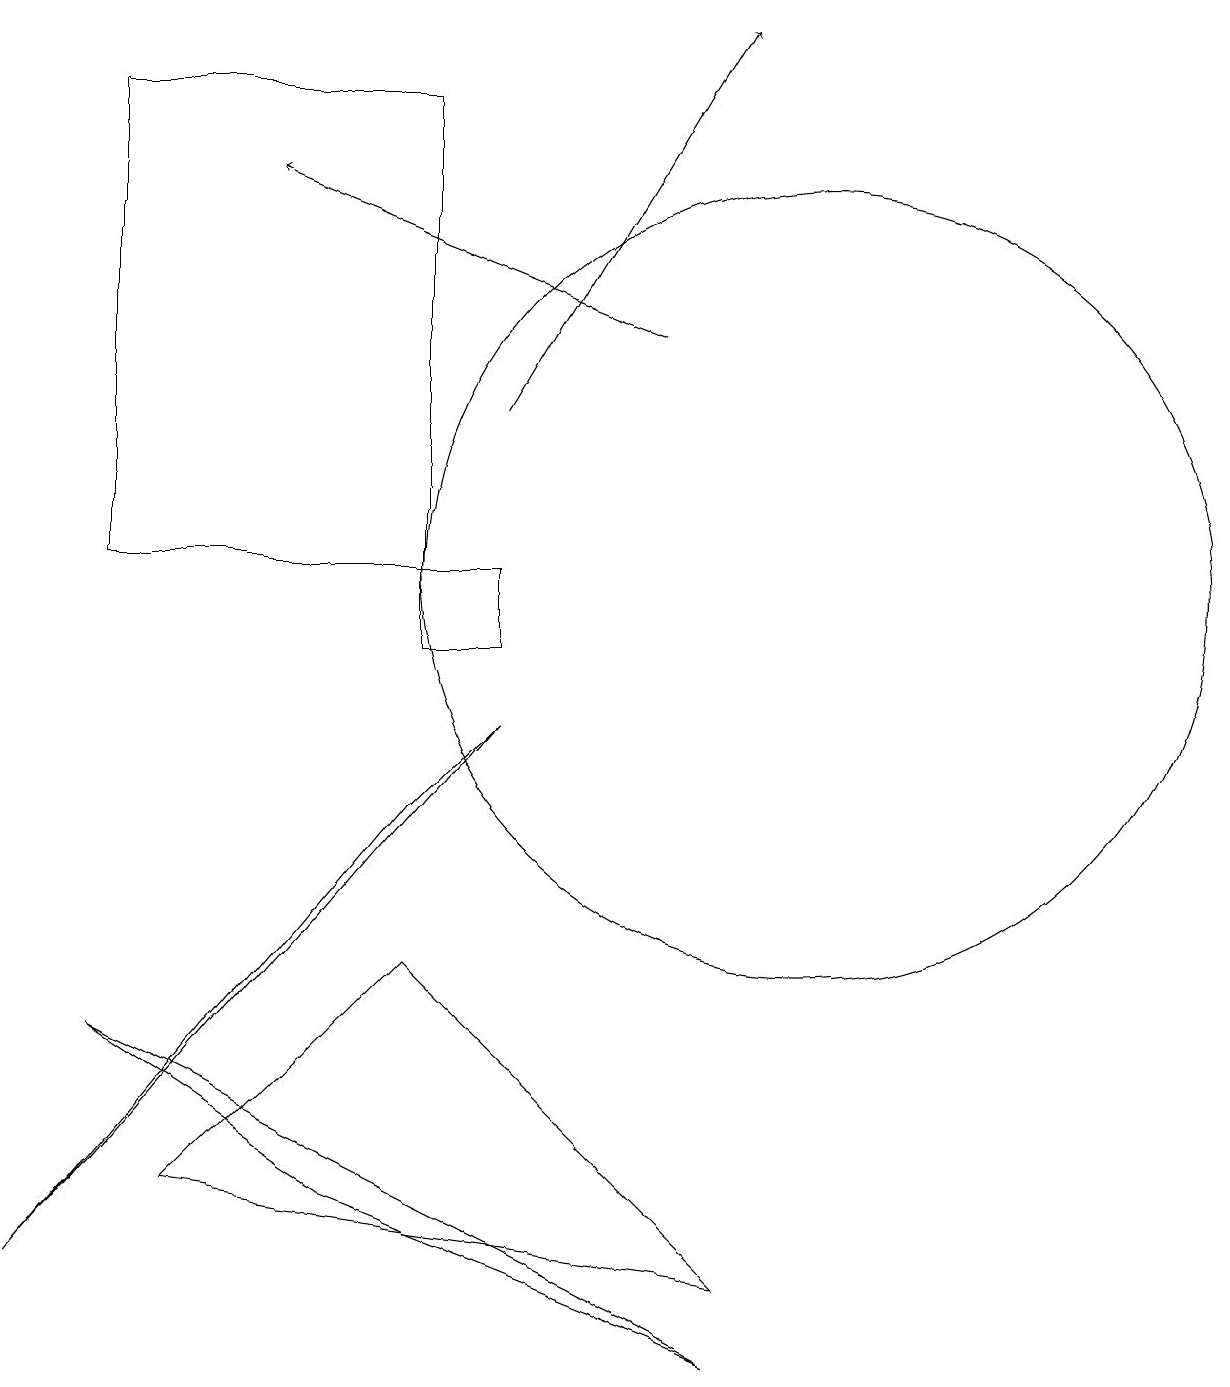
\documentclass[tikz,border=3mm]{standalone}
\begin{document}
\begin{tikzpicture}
\draw[->] (6,13) -- (9,18);
\draw[->] (8,14) -- (3,16);
\draw (4,3) -- (1,5) -- (9,1) -- cycle;
\draw (5,17) rectangle (1,11);
\draw (5,6) -- (2,3) -- (9,2) -- cycle;
\draw (6,11) rectangle (5,10);
\draw (6,9) -- (0,2) -- (5,8) -- cycle;
\draw (10,11) circle (5);
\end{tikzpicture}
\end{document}